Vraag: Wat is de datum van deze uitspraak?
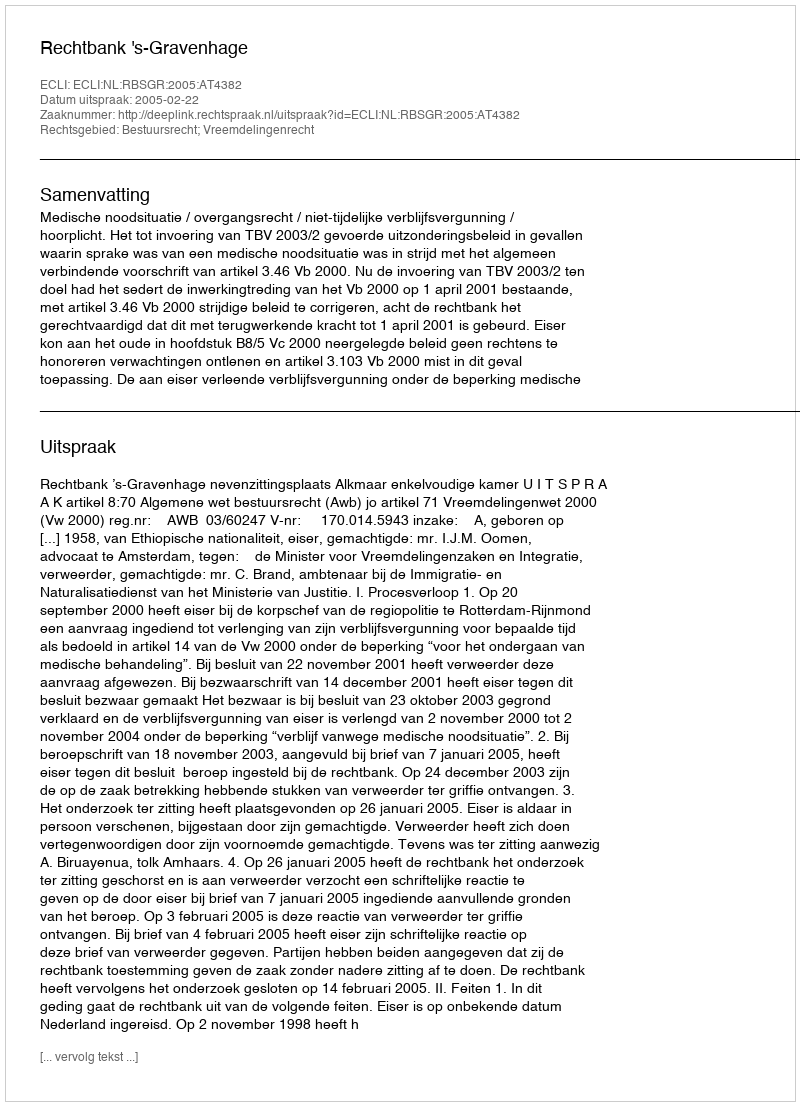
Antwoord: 2005-02-22